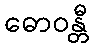
ဓောဝန္တီ